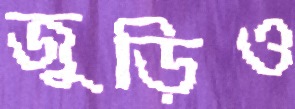
জুড়িও